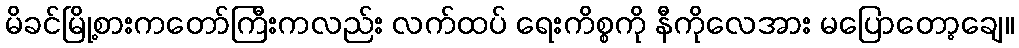
မိခင်မြို့စားကတော်ကြီးကလည်း လက်ထပ် ရေးကိစ္စကို နီကိုလေအား မပြောတော့ချေ။